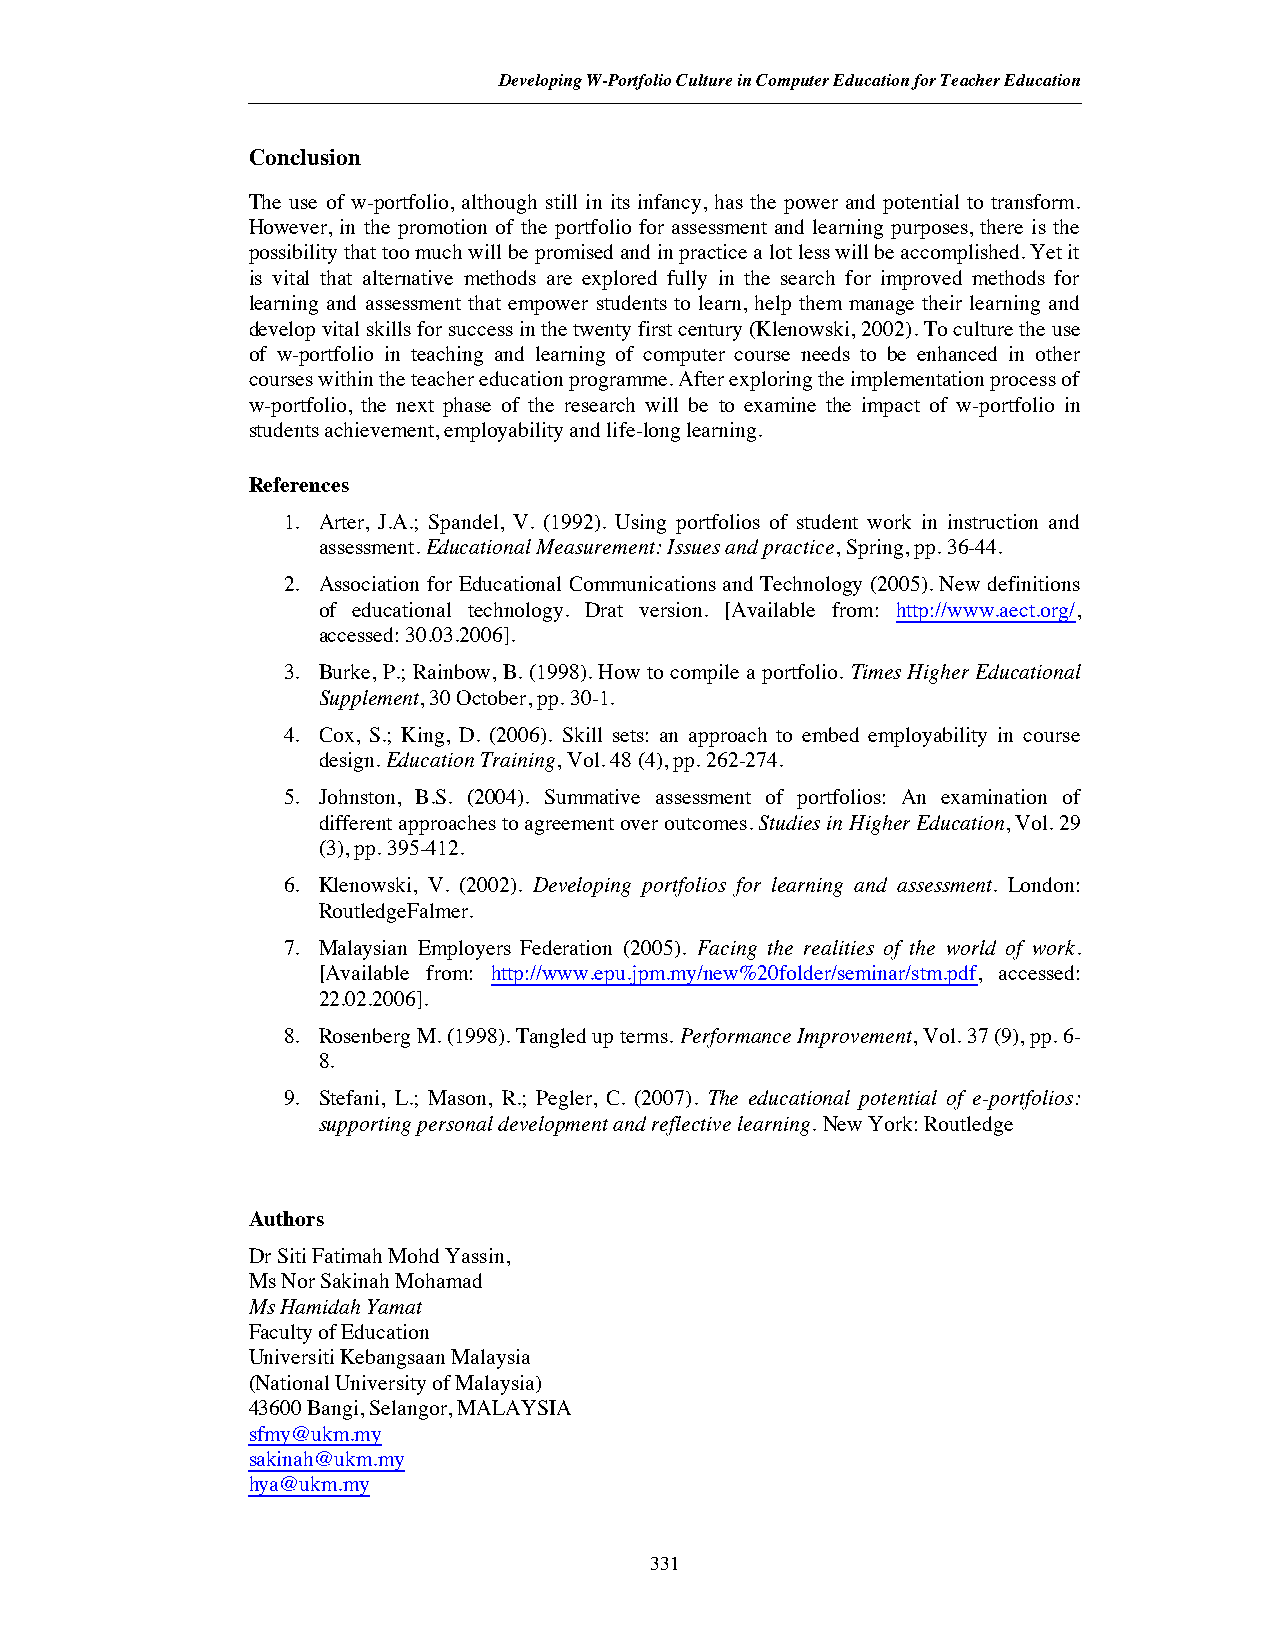
Developing W-Portfolio Culture in Computer Education for Teacher Education
 Conclusion
 The use of w-portfolio, although still in its infancy, has the power and potential to transform.
 However, in the promotion of the portfolio for assessment and learning purposes, there is the
 possibility that too much will be promised and in practice a lot less will be accomplished. Yet it
 is vital that alternative methods are explored fully in the search for improved methods for
 learning and assessment that empower students to learn, help them manage their learning and
 develop vital skills for success in the twenty first century (Klenowski, 2002).To culture the use
 of w-portfolio in teaching and learning of computer course needs to be enhanced in other
 courses within the teacher education programme. After exploring the implementation process of
 w-portfolio, the next phase of the research will be to examine the impact of w-portfolio in
 students achievement, employability and life-long learning.
 References
 1. Arter, J.A.; Spandel, V. (1992). Using portfolios of student work in instruction and
 assessment.Educational Measurement: Issues and practice, Spring, pp. 36-44.
 2. Association for Educational Communications and Technology (2005). New definitions
 of educational technology. Drat version. [Available from: http://www.aect.org/,
 accessed: 30.03.2006].
 3. Burke, P.; Rainbow, B. (1998). How to compile a portfolio. Times Higher Educational
 Supplement, 30 October, pp. 30-1.
 4. Cox, S.; King, D. (2006). Skill sets: an approach to embed employability in course
 design.Education Training, Vol.48(4), pp. 262-274.
 5. Johnston, B.S. (2004). Summative assessment of portfolios: An examination of
 different approaches to agreement over outcomes. Studies in Higher Education, Vol. 29
 (3), pp. 395-412.
 6. Klenowski, V. (2002). Developing portfolios for learning and assessment. London:
 RoutledgeFalmer.
 7. Malaysian Employers Federation (2005). Facing the realities of the world of work.
 [Available from: http://www.epu.jpm.my/new%20folder/seminar/stm.pdf, accessed:
 22.02.2006].
 8. Rosenberg M. (1998).Tangled up terms.Performance Improvement, Vol.37(9), pp. 6-
 8.
 9. Stefani, L.; Mason, R.; Pegler, C. (2007). The educational potential of e-portfolios:
 supporting personal development and reflective learning.New York: Routledge
 Authors
 Dr Siti Fatimah Mohd Yassin,
 Ms Nor Sakinah Mohamad
 Ms Hamidah Yamat
 Faculty of Education
 Universiti Kebangsaan Malaysia
 (National University of Malaysia)
 43600 Bangi, Selangor, MALAYSIA
 sfmy@ukm.my
 sakinah@ukm.my
 hya@ukm.my
 331